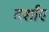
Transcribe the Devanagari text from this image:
दर्शांए